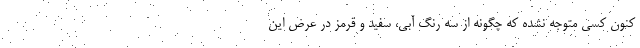
کنون کسی متوجه نشده که چگونه از سه رنگ آبی، سفید و قرمز در عرض این